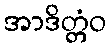
အာဒိတ္တံဝ